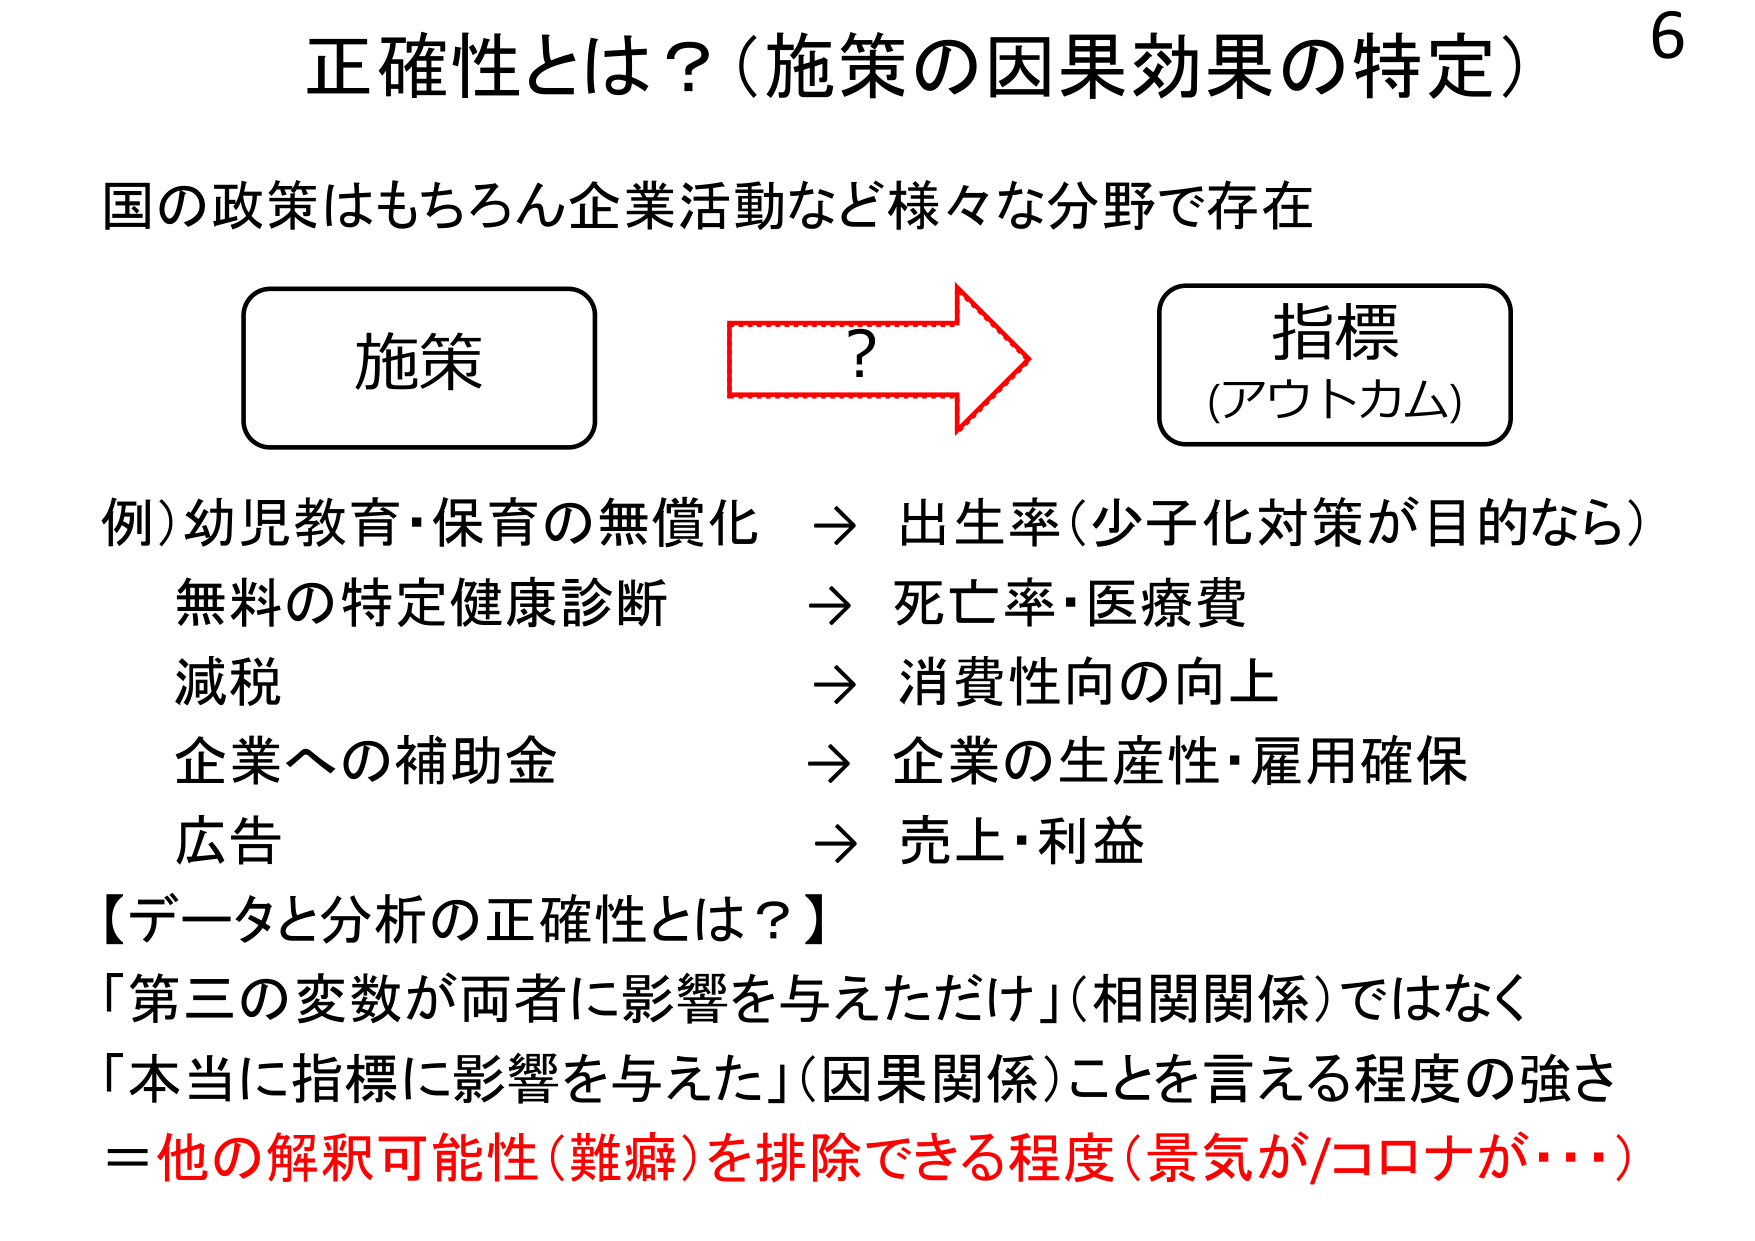
正確性とは？（施策の因果効果の特定） 6
国の政策はもちろん企業活動など様々な分野で存在
施策 →? → 指標
（アウトカム）
例）幼児教育・保育の無償化 → 出生率（少子化対策が目的なら）
無料の特定健康診断 → 死亡率・医療費
減税 → 消費性向の向上
企業への補助金 → 企業の生産性・雇用確保
広告 → 売上・利益
【データと分析の正確性とは？】
「第三の変数が両者に影響を与えただけ」（相関関係）ではなく
「本当に指標に影響を与えた」（因果関係）ことを言える程度の強さ
＝他の解釈可能性（難癖）を排除できる程度（景気が/コロナが・・・）